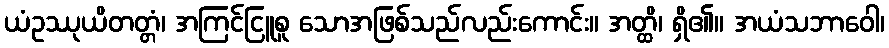
ယံဥဿုယိတတ္တံ၊ အကြင်ငြူစူ သောအဖြစ်သည်လည်းကောင်း။ အတ္ထိ၊ ရှိ၏။ အယံသဘာဝေါ၊